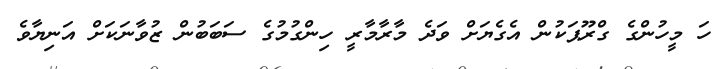
ހަ މީހުންގެ ގްރޫޕަކުން އެގެޔަށް ވަދެ މާރާމާރީ ހިންގުމުގެ ސަބަބުން ޒުވާނަކަށް އަނިޔާވެ